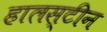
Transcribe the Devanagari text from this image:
हालस्टीन